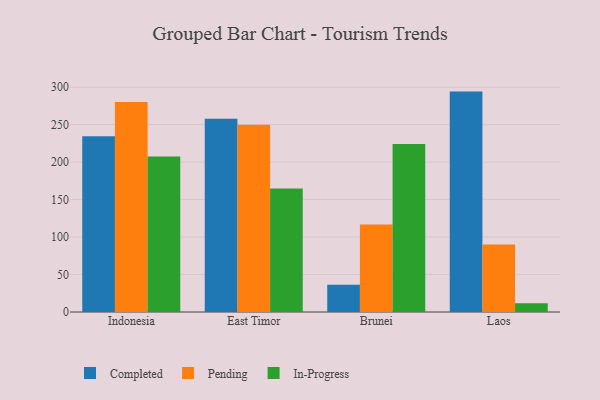
{"axis": {"x": "Country", "y": "Satisfaction Score"}, "legend": ["Completed", "In-Progress", "Pending"], "data": [{"x": "Indonesia", "y": 234.4, "type": "Completed"}, {"x": "Indonesia", "y": 280.3, "type": "Pending"}, {"x": "Indonesia", "y": 207.4, "type": "In-Progress"}, {"x": "East Timor", "y": 258.0, "type": "Completed"}, {"x": "East Timor", "y": 249.8, "type": "Pending"}, {"x": "East Timor", "y": 164.9, "type": "In-Progress"}, {"x": "Brunei", "y": 36.2, "type": "Completed"}, {"x": "Brunei", "y": 116.9, "type": "Pending"}, {"x": "Brunei", "y": 224.1, "type": "In-Progress"}, {"x": "Laos", "y": 294.1, "type": "Completed"}, {"x": "Laos", "y": 90.0, "type": "Pending"}, {"x": "Laos", "y": 11.8, "type": "In-Progress"}]}